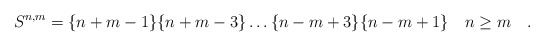
\begin{align*}S^{n,m}=\{n+m-1\}\{n+m-3\}\dots \{n-m+3\}\{n-m+1\}\quad n\geq m\quad .\end{align*}